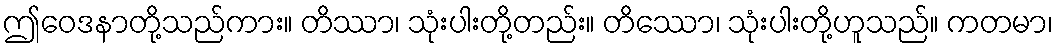
ဤဝေဒနာတို့သည်ကား။ တိဿာ၊ သုံးပါးတို့တည်း။ တိဿော၊ သုံးပါးတို့ဟူသည်။ ကတမာ၊